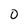
Character: 0